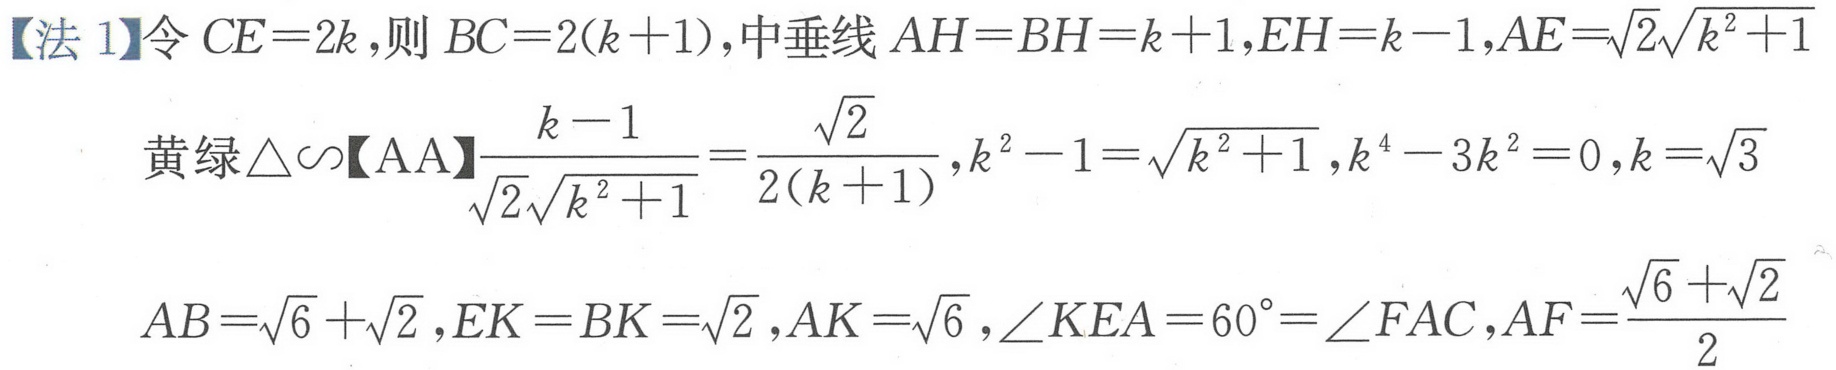
【法 1】令\(CE = 2k\),则\(BC = 2(k + 1)\),中垂线\(AH = BH=k + 1\),\(EH=k - 1\),\(AE=\sqrt{2}\sqrt{k^{2}+1}\)
黄绿\(\triangle\sim\)【AA】\(\frac{k - 1}{\sqrt{2}\sqrt{k^{2}+1}}=\frac{\sqrt{2}}{2(k + 1)}\),\(k^{2}-1=\sqrt{k^{2}+1}\),\(k^{4}-3k^{2}=0\),\(k = \sqrt{3}\)
\(AB=\sqrt{6}+\sqrt{2}\),\(EK = BK=\sqrt{2}\),\(AK=\sqrt{6}\),\(\angle KEA = 60^{\circ}=\angle FAC\),\(AF=\frac{\sqrt{6}+\sqrt{2}}{2}\)